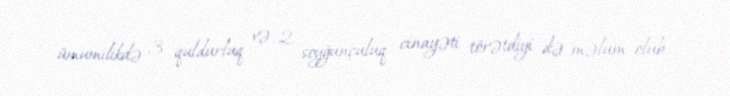
ümumilikdə 3 quldurluq və 2 soyğunçuluq cinayəti törətdiyi də məlum olub.